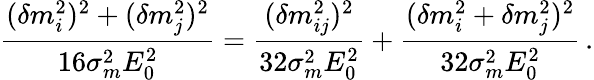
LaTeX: \frac{(\delta m_{i}^{2})^{2}+(\delta m_{j}^{2})^{2}}{16\sigma_{m}^{2}E_{0}^{2}}=\frac{(\delta m_{ij}^{2})^{2}}{32\sigma_{m}^{2}E_{0}^{2}}+\frac{(\delta m_{i}^{2}+\delta m_{j}^{2})^{2}}{32\sigma_{m}^{2}E_{0}^{2}}\, .